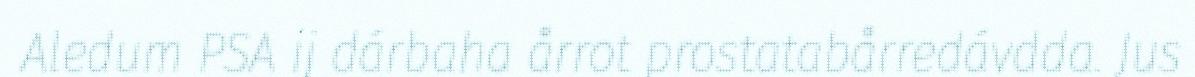
Aledum PSA ij dárbaha årrot prostatabårredávdda. Jus